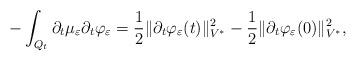
LaTeX: \begin{align*} - \int_{Q_t} \partial_t \mu_{\varepsilon} \partial_t \varphi_{\varepsilon} = \frac{1}{2} \| \partial_t \varphi_{\varepsilon} (t) \|^2_{V^*} - \frac{1}{2} \| \partial_t \varphi_{\varepsilon}(0) \|^2_{V^*} ,\end{align*}